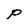
Character: P